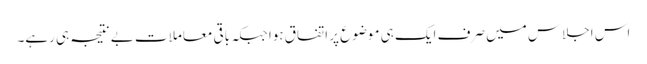
اس اجلاس میں صرف ایک ہی موضوع پر اتفاق ہوا جبکہ باقی معاملات بے نتیجہ ہی رہے۔